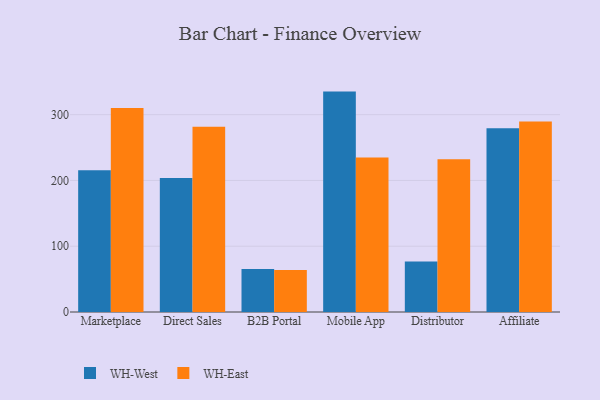
{"axis": {"x": "Channel", "y": "Net Income (USD K)"}, "legend": ["WH-East", "WH-West"], "data": [{"x": "Marketplace", "y": 215.5, "type": "WH-West"}, {"x": "Marketplace", "y": 310.1, "type": "WH-East"}, {"x": "Direct Sales", "y": 203.8, "type": "WH-West"}, {"x": "Direct Sales", "y": 281.6, "type": "WH-East"}, {"x": "B2B Portal", "y": 65.2, "type": "WH-West"}, {"x": "B2B Portal", "y": 63.7, "type": "WH-East"}, {"x": "Mobile App", "y": 335.1, "type": "WH-West"}, {"x": "Mobile App", "y": 234.9, "type": "WH-East"}, {"x": "Distributor", "y": 76.6, "type": "WH-West"}, {"x": "Distributor", "y": 232.3, "type": "WH-East"}, {"x": "Affiliate", "y": 279.2, "type": "WH-West"}, {"x": "Affiliate", "y": 289.7, "type": "WH-East"}]}